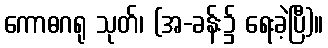
ကောဓဂရု သုတ်၊ (အ-ခန်း၌ ရေးခဲ့ပြီ)။